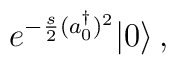
e^{-\frac{ s}{2}(a_0^{\dagger})^2} | 0 \rangle\,,